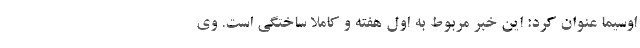
اوسیما عنوان کرد: این خبر مربوط به اول هفته و کاملا ساختگی است. وی